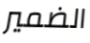
الضمير